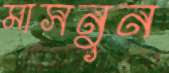
মাসনুন